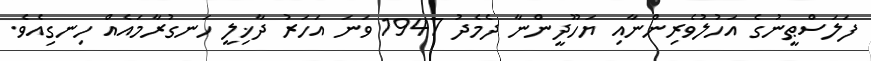
ފަލަސްޠީނުގެ އަހުލުވެރިންނާއި ޔަހޫދީންނާ ދެމެދު 1947 ވަނަ އަހަރު ދާޚިލީ ހަނގުރާމައެއް ހިނގިއެވެ.